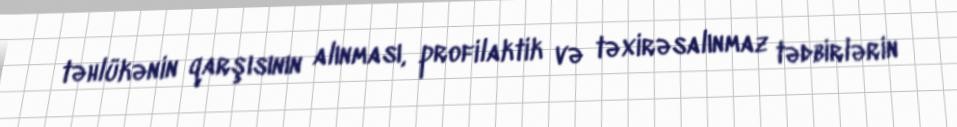
təhlükənin qarşısının alınması, profilaktik və təxirəsalınmaz tədbirlərin